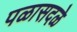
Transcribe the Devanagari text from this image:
पळासदळे